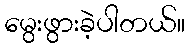
မွေးဖွားခဲ့ပါတယ်။